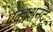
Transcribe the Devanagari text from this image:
प्रकाशनंद